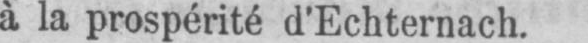
à la prospérité d’Echternach.